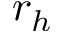
r _ { h }